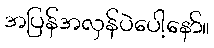
အပြန်အလှန်ပဲပေါ့နော်။